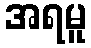
အရမူ